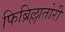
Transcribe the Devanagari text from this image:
फिब्रिल्लातोरी